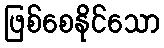
ဖြစ်စေနိုင်သော